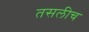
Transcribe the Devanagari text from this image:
तसलीच